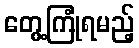
တွေ့ကြုံရမည့်